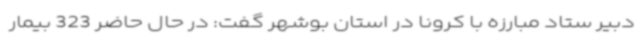
دبیر ستاد مبارزه با کرونا در استان بوشهر گفت: در حال حاضر 323 بیمار